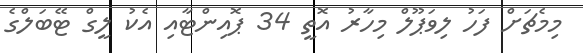
މިމެޗަށް ފަހު ލިވަޕޫލް މިހާރު އޮތީ 34 ޕޮއިންޓާއި އެކު ލީގް ޓޭބަލްގެ